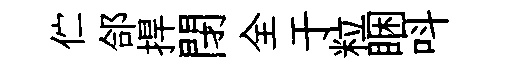
伫郃捍閉全于粒睏呌